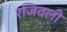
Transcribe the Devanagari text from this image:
रजिवली